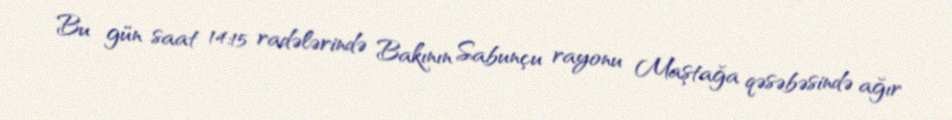
Bu gün saat 14:15 radələrində Bakının Sabunçu rayonu Maştağa qəsəbəsində ağır